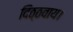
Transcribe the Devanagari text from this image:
दिठ्ठवाय।